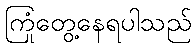
ကြုံတွေ့နေရပါသည်